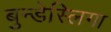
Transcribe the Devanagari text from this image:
बुन्डेस्लिगा